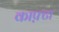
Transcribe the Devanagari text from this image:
काफ़्टा